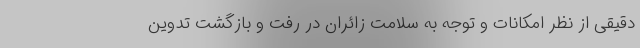
دقیقی از نظر امکانات و توجه به سلامت زائران در رفت و بازگشت تدوین